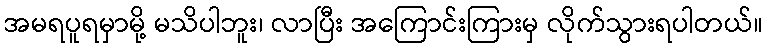
အမရပူရမှာမို့ မသိပါဘူး၊ လာပြီး အကြောင်းကြားမှ လိုက်သွားရပါတယ်။